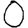
Digit: 0